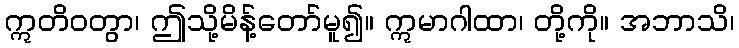
ဣတိဝတွာ၊ ဤသို့မိန့်တော်မူ၍။ ဣမာဂါထာ၊ တို့ကို။ အဘာသိ၊